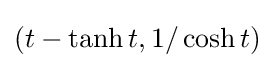
(t-\tanh t,1/\cosh t)